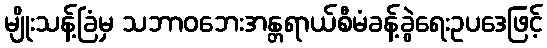
မျိုးသန့်ခြံမှ သဘာဝဘေးအန္တရာယ်စီမံခန့်ခွဲရေးဥပဒေဖြင့်